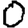
Digit: 0